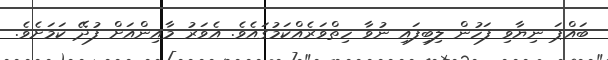
ބައްޕަ ނިޔާވި ފަހުން ލިބިފައި ނުވާ ހިތްވަރެއްކަމުގައެވެ. އެވަރު މާއިންއަށް ފުދޭ ކަމަށެވެ.